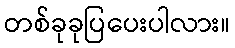
တစ်ခုခုပြပေးပါလား။